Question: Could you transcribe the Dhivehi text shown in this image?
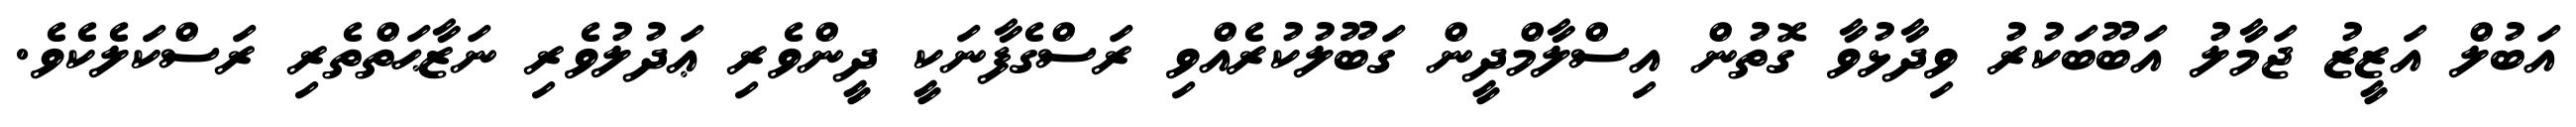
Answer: އަބުލް އަޒީޒު ޖަމާލު އަބޫބަކުރު ވިދާޅުވާ ގޮތުން އިސްލާމްދީން ގަބޫލުކުރެއްވި ރަސްގެފާނަކީ ދީންވެރި ޢަދުލުވެރި ނަޒާޙަތްތެރި ރަސްކަލެކެވެ.